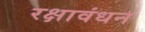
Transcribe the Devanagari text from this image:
रक्षावंधन